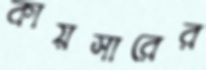
কায়সারের